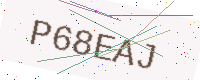
Text: P68EAJ